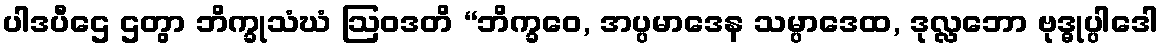
ပါဒပီဌေ ဌတွာ ဘိက္ခုသံဃံ ဩဝဒတိ “ဘိက္ခဝေ, အပ္ပမာဒေန သမ္ပာဒေထ, ဒုလ္လဘော ဗုဒ္ဓုပ္ပါဒေါ